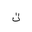
Letter: _ta